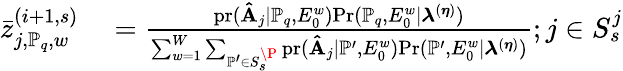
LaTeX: \begin{array}{rl}{\bar{z}_{j,\mathbb{P}_{q},w}^{(i+1,s)}}&{{}=\frac{\mathrm{pr}(\mathbf{\hat{A}}_{j}|\mathbb{P}_{q},E_{0}^{w})\mathrm{Pr}(\mathbb{P}_{q},E_{0}^{w}|\boldsymbol{\lambda}^{(\boldsymbol{\eta})})}{\sum_{w=1}^{W}\sum_{\mathbb{P}^{\prime}\in S_{s}^{\P}}\mathrm{pr}(\mathbf{\hat{A}}_{j}|\mathbb{P}^{\prime},E_{0}^{w})\mathrm{Pr}(\mathbb{P}^{\prime},E_{0}^{w}|\boldsymbol{\lambda}^{(\boldsymbol{\eta})})};j\in S_{s}^{j}}\end{array}